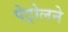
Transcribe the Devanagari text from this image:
पेट्रोलने